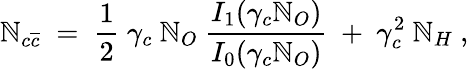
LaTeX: \mathbb{N}_{c\overline{{{{c}}}}}~=~\frac{{1}}{{2}}~\gamma_{c}~\mathbb{N}_{O}~\frac{{I_{1}(\gamma_{c}\mathbb{N}_{O})}}{{I_{0}(\gamma_{c}\mathbb{N}_{O})}}~+~\gamma_{c}^{2}~\mathbb{N}_{H}~,